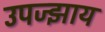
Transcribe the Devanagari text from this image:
उपज्झाय